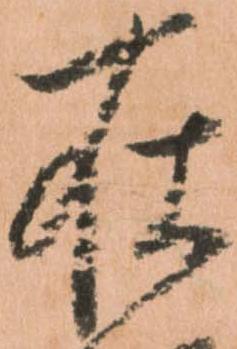
在